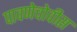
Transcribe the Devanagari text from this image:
पावणेचोवीस